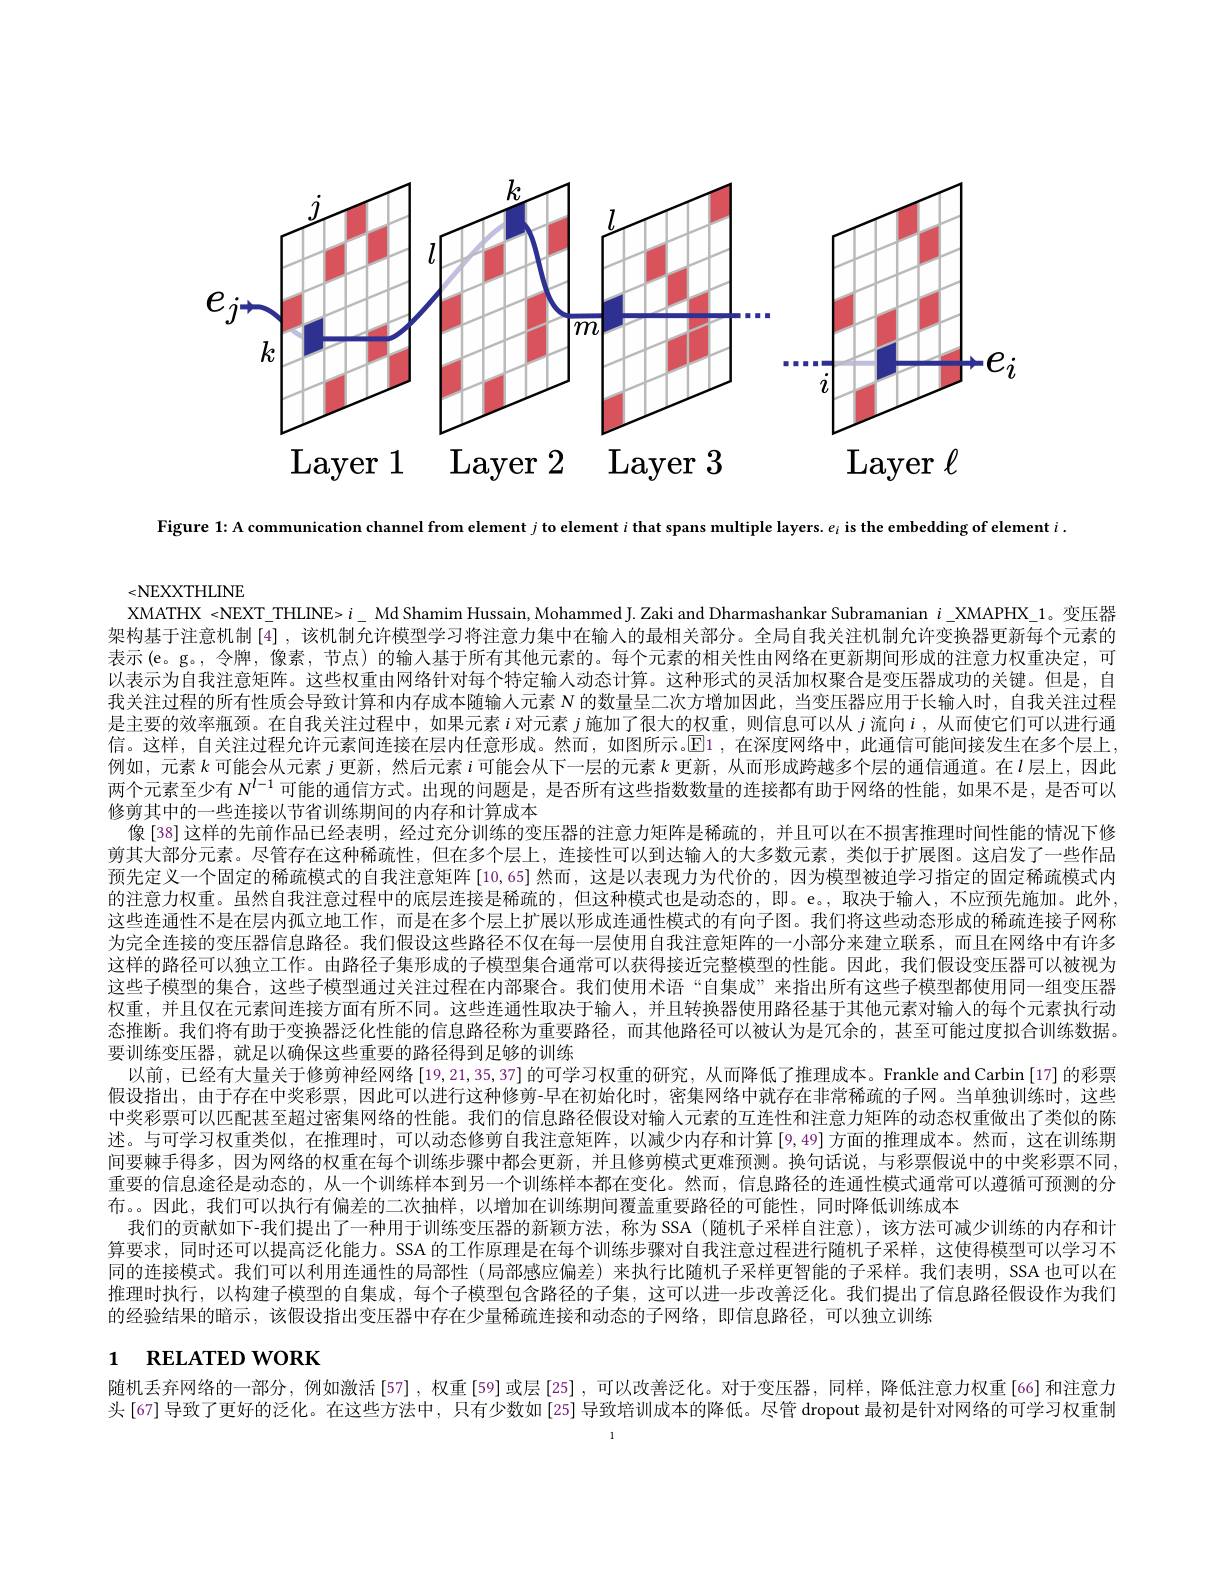
<FigureHere>

Figure 1: A communication channel from element $j$ to element $i$ that spans multiple layers. e¡ is the embedding of element $i.$

<NEXXTHLINE
XMATHX <NEXT\_THLINE> $i\_$ Md Shamim Hussain, Mohammed J. Zaki and Dharmashankar Subramanian $i\_$ XMAPHX\_1。变压器架构基于注意机制[4] ,该机制允许模型学习将注意力集中在输入的最相关部分。全局自我关注机制允许变换器更新每个元素的表示(e。g。,令牌，像素，节点)的输入基于所有其他元素的。每个元素的相关性由网络在更新期间形成的注意力权重决定，可以表示为自我注意矩阵。这些权重由网络针对每个特定输人动态计算。这种形式的灵活加权聚合是变压器成功的关键。但是，自我关注过程的所有性质会导致计算和内存成本随输人元素$N$的数量呈二次方增加因此，当变压器应用于长输人时，自我关注过程是主要的效率瓶颈。在自我关注过程中，如果元素$i$对元素$j$施加了很大的权重，则信息可以从$j$流向$i$ ,从而使它们可以进行通信。这样，自关注过程允许元素间连接在层内任意形成。然而，如图所示。$\operatorname{E}$1 ,在深度网络中，此通信可能间接发生在多个层上例如，元素$k$可能会从元素$j$更新，然后元素$i$可能会从下一层的元素$k$ 更新，从而形成跨越多个层的通信通道。在$l$层上，因此两个元素至少有$N^{l-1}$可能的通信方式。出现的问题是，是否所有这些指数数量的连接都有助于网络的性能，如果不是，是否可以修剪其中的一些连接以节省训练期间的内存和计算成本
像[38]这样的先前作品已经表明，经过充分训练的变压器的注意力矩阵是稀疏的，并且可以在不损害推理时间性能的情况下修剪其大部分元素。尽管存在这种稀疏性，但在多个层上，连接性可以到达输人的大多数元素，类似于扩展图。这启发了一些作品预先定义一个固定的稀疏模式的自我注意矩阵[10,65]然而，这是以表现力为代价的，因为模型被迫学习指定的固定稀疏模式内的注意力权重。虽然自我注意过程中的底层连接是稀疏的，但这种模式也是动态的，即。e。,取决于输人，不应预先施加。此外这些连通性不是在层内孤立地工作，而是在多个层上扩展以形成连通性模式的有向子图。我们将这些动态形成的稀疏连接子网称为完全连接的变压器信息路径。我们假设这些路径不仅在每一层使用自我注意矩阵的一小部分来建立联系，而且在网络中有许多这样的路径可以独立工作。由路径子集形成的子模型集合通常可以获得接近完整模型的性能。因此，我们假设变压器可以被视为这些子模型的集合，这些子模型通过关注过程在内部聚合。我们使用术语“自集成”来指出所有这些子模型都使用同一组变压器权重，并且仅在元素间连接方面有所不同。这些连通性取决于输入，并且转换器使用路径基于其他元素对输入的每个元素执行动态推断。我们将有助于变换器泛化性能的信息路径称为重要路径，而其他路径可以被认为是冗余的，甚至可能过度拟合训练数据。要训练变压器 ,就足以确保这些重要的路径得到足够的训练
以前，已经有大量关于修剪神经网络$\left[19,21,35,37\right]$的可学习权重的研究，从而降低了推理成本。Frankle and Carbin [17]的彩票假设指出，由于存在中奖彩票，因此可以进行这种修剪-早在初始化时，密集网络中就存在非常稀疏的子网。当单独训练时，这些中奖彩票可以匹配甚至超过密集网络的性能。我们的信息路径假设对输人元素的互连性和注意力矩阵的动态权重做出了类似的陈述。与可学习权重类似，在推理时，可以动态修剪自我注意矩阵，以减少内存和计算[9,49]方面的推理成本。然而，这在训练期问要棘子得多，因为网络的权重在每个训练步骤中都会更新，并且修剪模式更难预测。换句话说，与彩票假说中的中奖彩票不同重要的信息途径是动态的，从一个训练样本到另一个训练样本都在变化。然而，信息路径的连通性模式通常可以遵循可预测的分布。。因此，我们可以执行有偏差的二次抽样，以增加在训练期间覆盖重要路径的可能性，同时降低训练成本
我们的贡献如下-我们提出了一种用于训练变压器的新颖方法，称为 SSA (随机子采样自注意),该方法可减少训练的内存和计算要求，同时还可以提高泛化能力。SSA 的工作原理是在每个训练步骤对自我注意过程进行随机子采样，这使得模型可以学习不同的连接模式。我们可以利用连通性的局部性 (局部感应偏差)来执行比随机子采样更智能的子采样。我们表明，SSA 也可以在推理时执行，以构建子模型的自集成，每个子模型包含路径的子集，这可以进一步改善泛化。我们提出了信息路径假设作为我们的经验结果的暗示，该假设指出变压器中存在少量稀疏连接和动态的子网络，即信息路径，可以独立训练
1 RELATED WORK

随机丢弃网络的一部分，例如激活[57],权重[59]或层[25],可以改善泛化。对于变压器，同样，降低注意力权重[66]和注意力

头 [67] 导致了更好的泛化。在这些方法中，只有少数如 [25] 导致培训成本的降低。尽管 dropout 最初是针对网络的可学习权重制